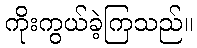
ကိုးကွယ်ခဲ့ကြသည်။